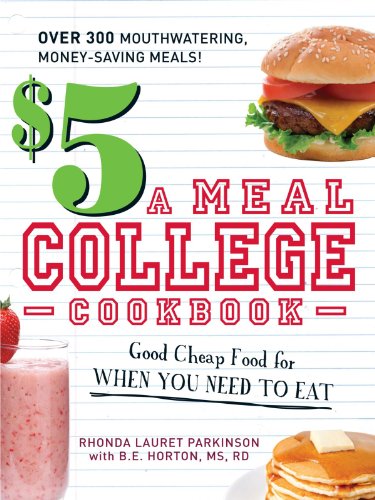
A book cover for $5 a Meal College Cookbook: Good Cheap Food for When You Need to Eat; Rhonda Lauret Parkinson; Cookbooks, Food & Wine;